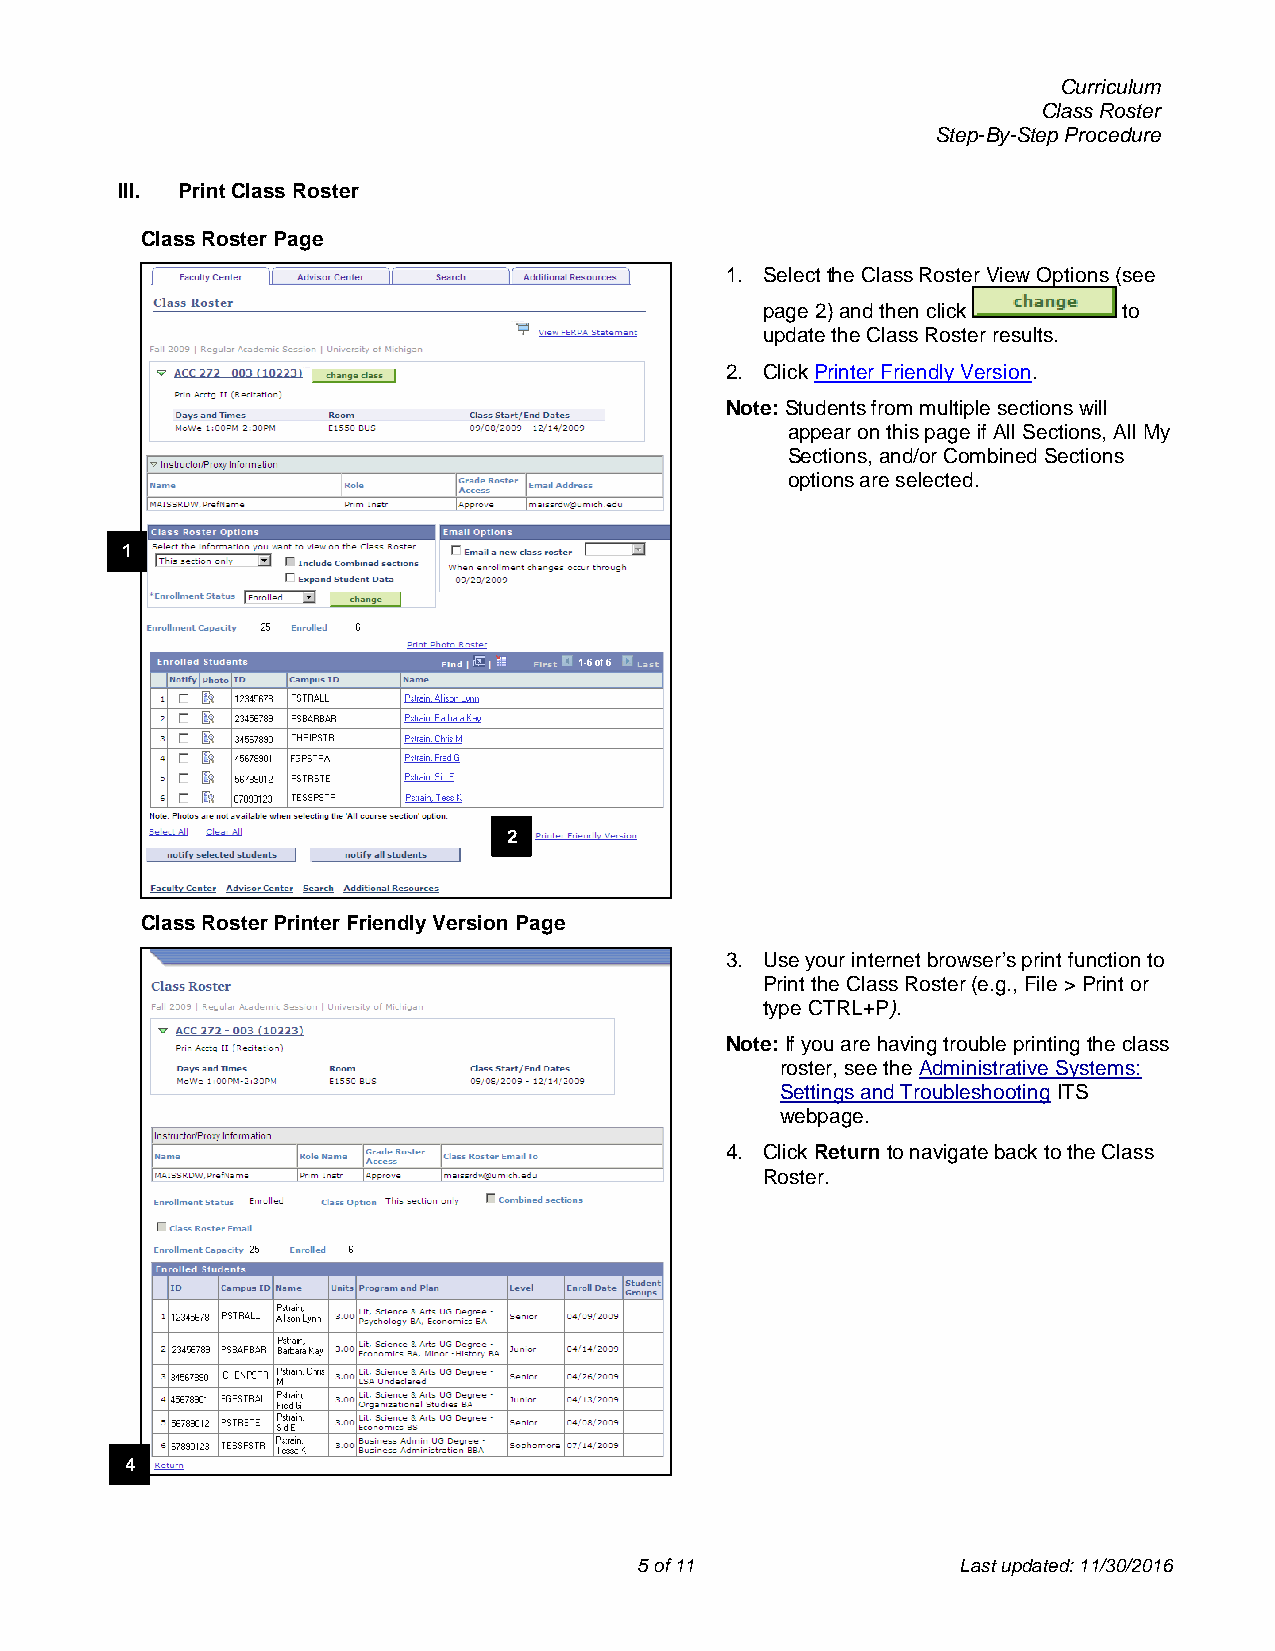
Curriculum
 Class Roster
 Step-By-Step Procedure
 III. Print Class Roster
 Class Roster Page
 1. Select the Class Roster View Options (see
 page 2) and then click to
 update the Class Roster results.
 2. Click Printer Friendly Version.
 Note: Students from multiple sections will
 appear on this page if All Sections, All My
 Sections, and/or Combined Sections
 options are selected.
 1
 2
 Class Roster Printer Friendly Version Page
 3. Use your internet browser’s print function to
 Print the Class Roster (e.g., File > Print or
 type CTRL+P).
 Note: If you are having trouble printing the class
 roster, see the Administrative Systems:
 Settings and Troubleshooting ITS
 webpage.
 4. Click Return to navigate back to the Class
 Roster.
 4
 5 of 11               Last updated: 11/30/2016